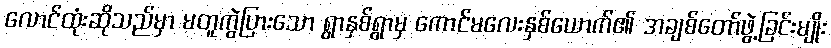
လောင်ထုံးဆိုသည်မှာ မတူကွဲပြားသော ရွာနှစ်ရွာမှ ကောင်မလေးနှစ်ယောက်၏ အချစ်တော်ဖွဲ့ခြင်းမျိုး